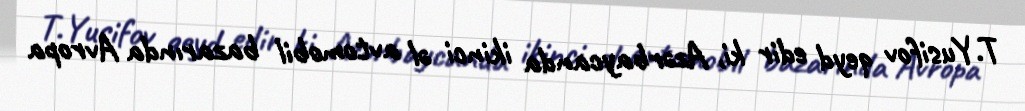
T.Yusifov qeyd edir ki, Azərbaycanda ikinci əl avtomobil bazarında Avropa